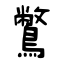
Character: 鷩